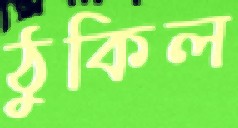
ঠুকিল